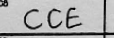
Transcription: CCE